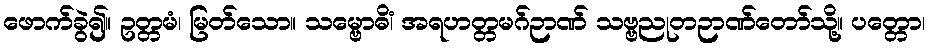
ဖောက်ခွဲ၍။ ဥတ္တမံ၊ မြတ်သော။ သမ္ဗောဓိံ၊ အရဟတ္တမဂ်ဉာဏ် သဗ္ဗညုတဉာဏ်တော်သို့။ ပတ္တော၊